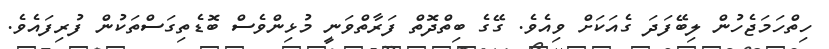
ހިތްހަމަޖެހުން ލިބޭފަދަ ގެއަކަށް ވިއެވެ. ގޭގެ ބިތްދޮތް ފަރާތްވަނީ މުޅިންވެސް ބޮޑެތިގަސްތަކުން ފުރިފައެވެ.